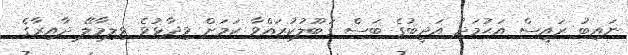
ނައިބު ރައީސް އަޙުމަދު އަދީބުގެ ބަސް ގަބޫލުކުރައްވާ ކަމަށް ވިދާޅުވެ ވިލިމާލޭ ދާއިރާގެ